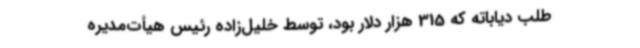
طلب دیاباته که 315 هزار دلار بود، توسط خلیل‌زاده رئیس هیأت‌مدیره